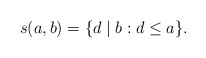
\begin{align*}s(a,b)=\{d\mid b:d\le a\}.\end{align*}